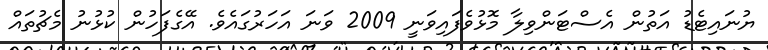
ޔުނައިޓެޑު އަތުން އެސްޓަންވިލާ މޮޅުވެފައިވަނީ 2009 ވަނަ އަހަރުގައެވެ. އޭގެފަހުން ކުޅުނު މެޗުތައް